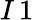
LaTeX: I\, 1\; \;